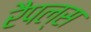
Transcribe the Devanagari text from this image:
रैपल्स